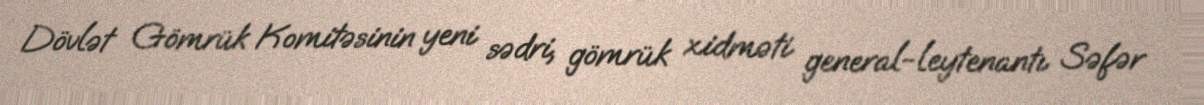
Dövlət Gömrük Komitəsinin yeni sədri, gömrük xidməti general-leytenantı Səfər